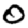
Digit: 0